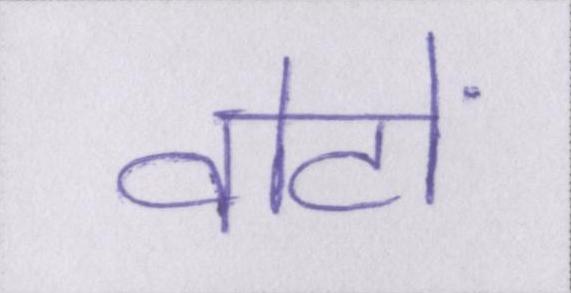
वोटों